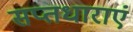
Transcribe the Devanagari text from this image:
सप्तधाराएं